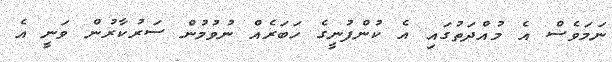
ނަމަވެސް އެ މުއްދަތުގައި އެ ކުންފުނީގެ ހަބަރެއް ނުވުމުން ސަރުކާރުން ވަނީ އެ